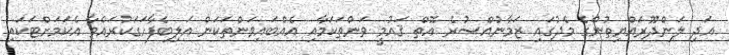
އަދި ލަންދޫރައްޔިތުންގެ މެދުގައި ޒަމާނުއްސުރެ އޮތް ޤައުމީ ވަންތަކަމާއި އެއްބައިވަންތަކަން އަލިބެފާހަގަކުރައްވާ އެކަމަށްޓަކައި